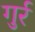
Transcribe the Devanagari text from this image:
गुर्र